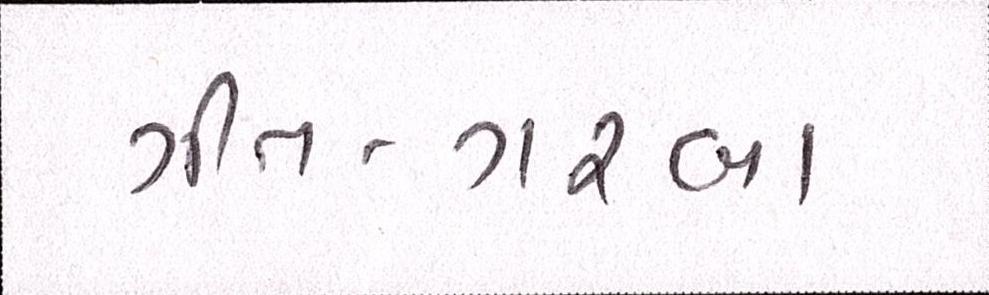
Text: ગીત-ગરબા